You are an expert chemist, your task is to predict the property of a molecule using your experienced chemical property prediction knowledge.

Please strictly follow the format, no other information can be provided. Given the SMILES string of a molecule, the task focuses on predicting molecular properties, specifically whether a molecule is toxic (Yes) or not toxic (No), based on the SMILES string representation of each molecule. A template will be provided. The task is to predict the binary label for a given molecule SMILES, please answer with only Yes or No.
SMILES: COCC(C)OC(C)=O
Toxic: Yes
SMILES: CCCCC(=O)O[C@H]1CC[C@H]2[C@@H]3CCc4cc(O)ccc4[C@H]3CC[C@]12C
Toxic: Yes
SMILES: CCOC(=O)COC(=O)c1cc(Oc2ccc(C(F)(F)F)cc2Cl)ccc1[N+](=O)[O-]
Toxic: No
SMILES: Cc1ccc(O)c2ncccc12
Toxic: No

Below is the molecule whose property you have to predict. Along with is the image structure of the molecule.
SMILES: COc1ccc2c(c1)OC(C)(C)[C@@H](c1ccccc1)[C@@H]2c1ccc(OCCN2CCCC2)cc1
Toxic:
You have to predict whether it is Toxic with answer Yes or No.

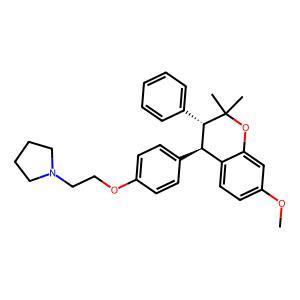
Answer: No